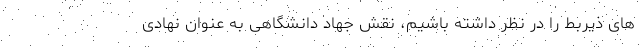
های ذیربط را در نظر داشته باشیم، نقش جهاد دانشگاهی به عنوان نهادی